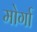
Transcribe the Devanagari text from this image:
मोर्गा